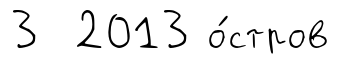
3 2013 о́стров